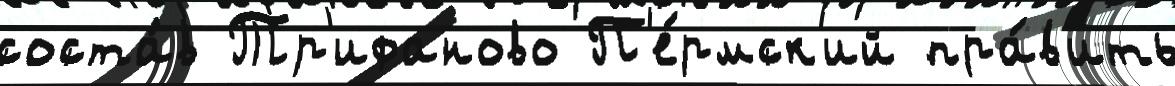
соста́в Тр'ифаново П'е́рмск'ий пра́в'ить